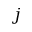
j